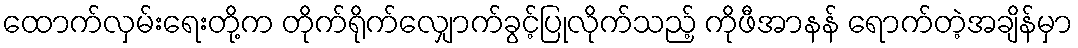
ထောက်လှမ်းရေးတို့က တိုက်ရိုက်လျှောက်ခွင့်ပြုလိုက်သည့် ကိုဖီအာနန် ရောက်တဲ့အချိန်မှာ